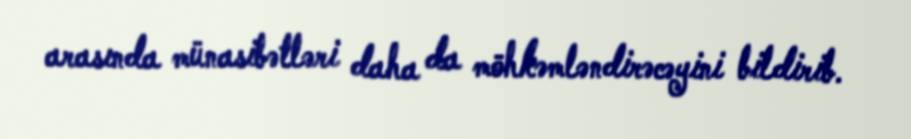
arasında münasibətləri daha da möhkəmləndirəcəyini bildirib.